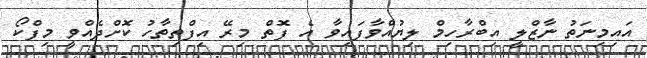
އައިމިނަތު ނާޒްލީ އިބްރާހިމް ލިޔުއްވާފައިވާ އެ ފޮތް މިރޭ އިފްތިތާހު ކޮށްދެއްވީ މިފްކޯ